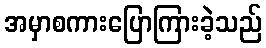
အမှာစကားပြောကြားခဲ့သည်